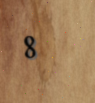
8